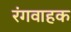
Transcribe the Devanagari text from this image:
रंगवाहक